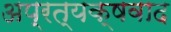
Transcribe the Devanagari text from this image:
अप्रत्यक्षवाद